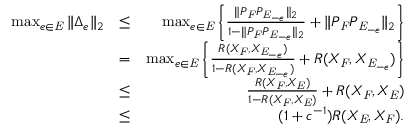
\begin{array} { r l r } { \operatorname* { m a x } _ { e \in \mathit { E } } \| \Delta _ { e } \| _ { 2 } } & { \leq } & { \operatorname* { m a x } _ { e \in \mathit { E } } \left\{ \frac { \| P _ { \mathit { F } } P _ { \mathit { E } _ { - e } } \| _ { 2 } } { 1 - \| P _ { \mathit { F } } P _ { \mathit { E } _ { - e } } \| _ { 2 } } + \| P _ { \mathit { F } } P _ { \mathit { E } _ { - e } } \| _ { 2 } \right\} } \\ & { = } & { \operatorname* { m a x } _ { e \in \mathit { E } } \left\{ \frac { R ( X _ { \mathit { F } } , X _ { \mathit { E } _ { - e } } ) } { 1 - R ( X _ { \mathit { F } } , X _ { \mathit { E } _ { - e } } ) } + R ( X _ { \mathit { F } } , X _ { \mathit { E } _ { - e } } ) \right\} } \\ & { \leq } & { \frac { R ( X _ { \mathit { F } } , X _ { \mathit { E } } ) } { 1 - R ( X _ { \mathit { F } } , X _ { \mathit { E } } ) } + R ( X _ { \mathit { F } } , X _ { \mathit { E } } ) } \\ & { \leq } & { ( 1 + c ^ { - 1 } ) R ( X _ { \mathit { E } } , X _ { \mathit { F } } ) . } \end{array}